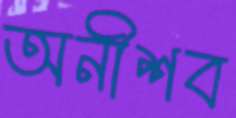
অনীশব